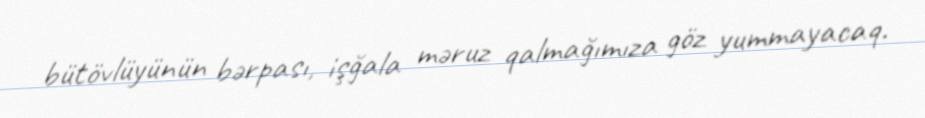
bütövlüyünün bərpası, işğala məruz qalmağımıza göz yummayacaq.